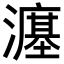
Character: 𪷲